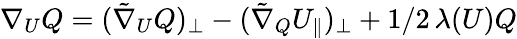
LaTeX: {\nabla_{U}}Q=(\tilde{\nabla}_{U}Q)_{\perp}-(\tilde{\nabla}_{Q}U_{\parallel})_{\perp}+1/2\, \lambda(U)Q